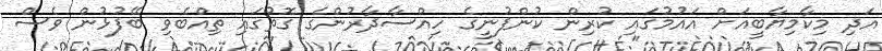
އަދި މިކާމިޔާބީއަށް އައުމުގައި ކުރިން ކުންފުނީގެ ހިއްސާދާރުންގެ ގޮތުގައި ތިއްބެވި ބޭފުޅުން ވެސް